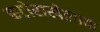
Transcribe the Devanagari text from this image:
कटोराखेलावा